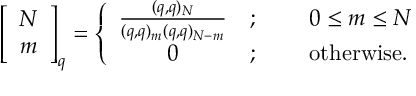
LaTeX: \; \; \; \left[ \begin{array} { c } { { N } } \\ { { m } } \end{array} \right] _ { q } = \left\{ \begin{array} { c l l } { { \frac { ( q , q ) _ { N } } { ( q , q ) _ { m } ( q , q ) _ { N - m } } } } & { { ; } } & { { \; \; \; \; \; 0 \leq m \leq N } } \\ { { 0 } } & { { ; } } & { { \; \; \; \; \; \mathrm { o t h e r w i s e . } } } \end{array} \right.